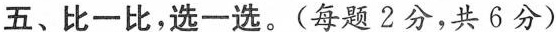
五、比一比，选一选。(每题2分，共6分)